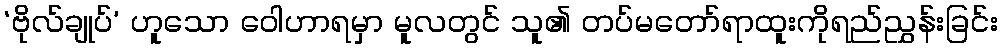
‘ဗိုလ်ချုပ်’ ဟူသော ဝေါဟာရမှာ မူလတွင် သူ၏ တပ်မတော်ရာထူးကိုရည်ညွှန်းခြင်း